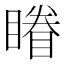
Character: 𰦀